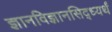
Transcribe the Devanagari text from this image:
ज्ञानविज्ञानसिद्ध्यर्थं